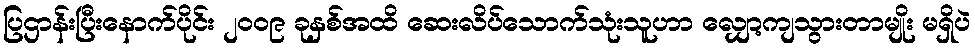
ပြဌာန်းပြီးနောက်ပိုင်း ၂၀၀၉ ခုနှစ်အထိ ဆေးလိပ်သောက်သုံးသူဟာ လျှော့ကျသွားတာမျိုး မရှိပဲ